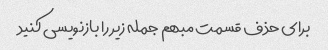
برای حذف قسمت مبهم جمله زیر را بازنویسی کنید